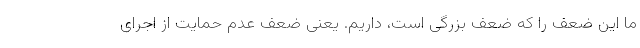
ما این ضعف را که ضعف بزرگی است، داریم. یعنی ضعف عدم حمایت از اجرای